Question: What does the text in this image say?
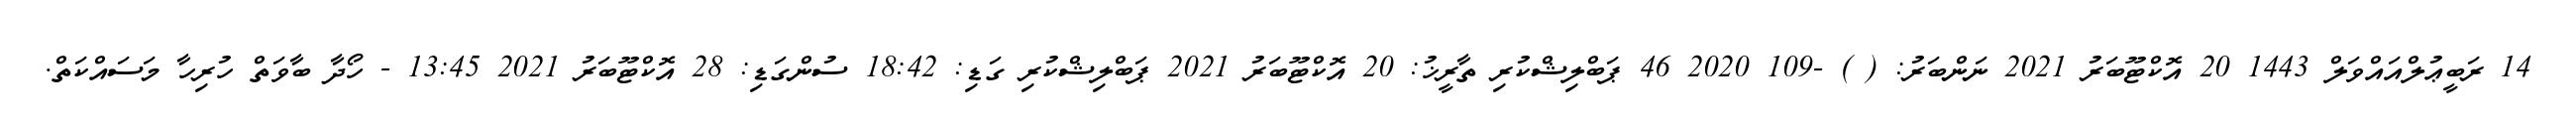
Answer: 14 ރަބީޢުލްއައްވަލް 1443 20 އޮކްޓޫބަރު 2021 ނަންބަރު: ( ) -109 2020 46 ޕަބްލިޝްކުރި ތާރީޚު: 20 އޮކްޓޫބަރު 2021 ޕަބްލިޝްކުރި ގަޑި: 18:42 ސުންގަޑި: 28 އޮކްޓޫބަރު 2021 13:45 - ހޯދާ ބާވަތް ހުރިހާ މަސައްކަތް.